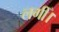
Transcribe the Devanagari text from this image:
लगीँ।